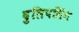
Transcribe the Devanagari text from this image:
दुलिपसिंग